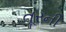
તૂરની